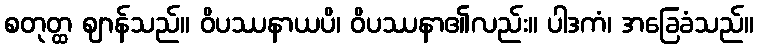
စတုတ္ထ ဈာန်သည်။ ဝိပဿနာယပိ၊ ဝိပဿနာ၏လည်း။ ပါဒကံ၊ အခြေခံသည်။